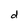
Character: d